Vaccination report Assam 1874-1896 - 1874-1896
Year: 1874
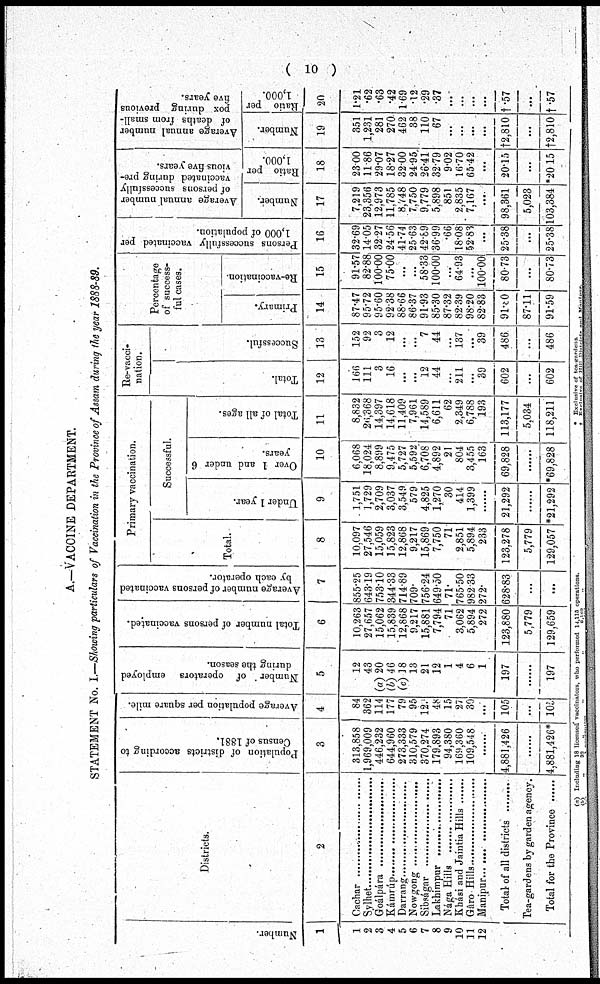
( 10 )
A.—VACCINE DEPARTMENT.
STATEMENT No. I.—Showing particulars of Vaccination in the Province of Assam during the year 1888-89.
Number.
1
1
2
3
4
5
6
7
8
9
10
11
12
Districts.
2
Cachar ...........................
Sylhet ..............................
Goálpára ...........................
Kámrúp ...........................
Darrang ...........................
Nowgong ...........................
Sibságar ...........................
Lakhimpur .....................
Nága Hills .....................
Kási and Jaintia Hills ......
Gáro Hills .....................
Manipur ...........................
Total of all districts .........
Tea-gardens by garden agency.
Total for the province ......
Population of districts according to
Census of 1881.
3
313,858
1,969,009
446,232
644,960
273,333
310,579
370,274
179,893
94,380
169,360
109,548
......
4,881,426
......
4,881,426*
Average population per square mile.
4
84
362
114
177
79
95
124
48
15
27
30
...
105
...
105
Number of operators employed
during the season.
5
12
43
(a) 20
(b) 46
(c) 18
13
21
12
1
4
6
1
197
......
197
Total number of persons vaccinated.
6
10,263
27,657
15,062
15,839
12,868
9,217
15,881
7,794
71
3,062
5,894
272
123,880
5,779
129,659
Average number of persons vaccinated
by each operator.
7
855.5
643.19
753.10
344.33
714.89
709.
756.24
649.50
71.
765.50
982.33
272.
628.83
...
...
Primary vaccination.
Total.
8
10,097
27,546
15,059
15,823
12,868
9,217
15,869
7,750
71
2,851
5,894
233
123,278
5,779
129,057
Successful.
Under 1 year.
9
1,751
1,729
2,709
3,037
3,549
579
4,825
1,270
30
414
1,399
......
21,292
......
*21,292
Over 1 and under 6
years.
10
6,068
18,024
8,899
9,475
5,727
5,592
6,708
4,892
21
804
3,455
163
69,828
......
*69,828
Total of all ages.
11
8,832
26,368
14,397
14,618
11,409
7,961
14,589
6,611
62
2,349
6,788
193
113,177
5,034
118,211
Re-vacci¬
nation.
Total.
12
166
111
3
16
...
...
12
44
...
211
...
39
602
...
602
Successful.
13
152
92
3
12
...
...
7
44
...
137
...
39
486
...
486
Percentage
of success-
ful cases.
Primary.
14
87.47
95.72
95.60
92.38
88.66
86.37
91.93
85.30
87.32
82.39
98.20
82.83
91.80
87.11
91.59
Re-vaccination.
15
91.57
82.88
100.00
75.00
...
...
58.33
100.00
...
64.93
...
100.00
80.73
...
80.73
Persons successfully vaccinated per
1,000 of population.
16
32.69
14.05
32.27
24.56
41.74
25.63
42.89
36.99
.66
18.08
52.83
...
25.38
...
25.381
Average annual number
of persons successfully
vaccinated during pre-
vious five years.
Number.
17
7,219
23,356
12,973
11,785
8,748
7,750
9,779
5,898
851
2,835
7,167
...
98,361
5,023
103,384
Ratio per
1,000.
18
23.00
11.86
29.07
18.27
32.00
24.95
26.41
32.79
9.02
16.70
65.42
...
20.15
...
*20.15
Average annual number
of deaths from small-
pox during previous
five years.
Number.
19
351
1,231
281
270
462
38
110
67
...
...
...
...
†2,810
...
†2,810
Ratio per
1,000.
20
1.21
.62
.63
.42
1.69
.12
.29
.37
...
...
...
...
†.57
...
†.57
(a) Including 18 licensed vaccinators, who performed 14,115 operations.
(b)
„
32
.. ... „
„
8,169
* Exclusive of tea-gardens.
† Exclusive of Hill Districts and Manipur.